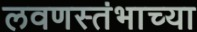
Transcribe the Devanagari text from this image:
लवणस्तंभाच्या